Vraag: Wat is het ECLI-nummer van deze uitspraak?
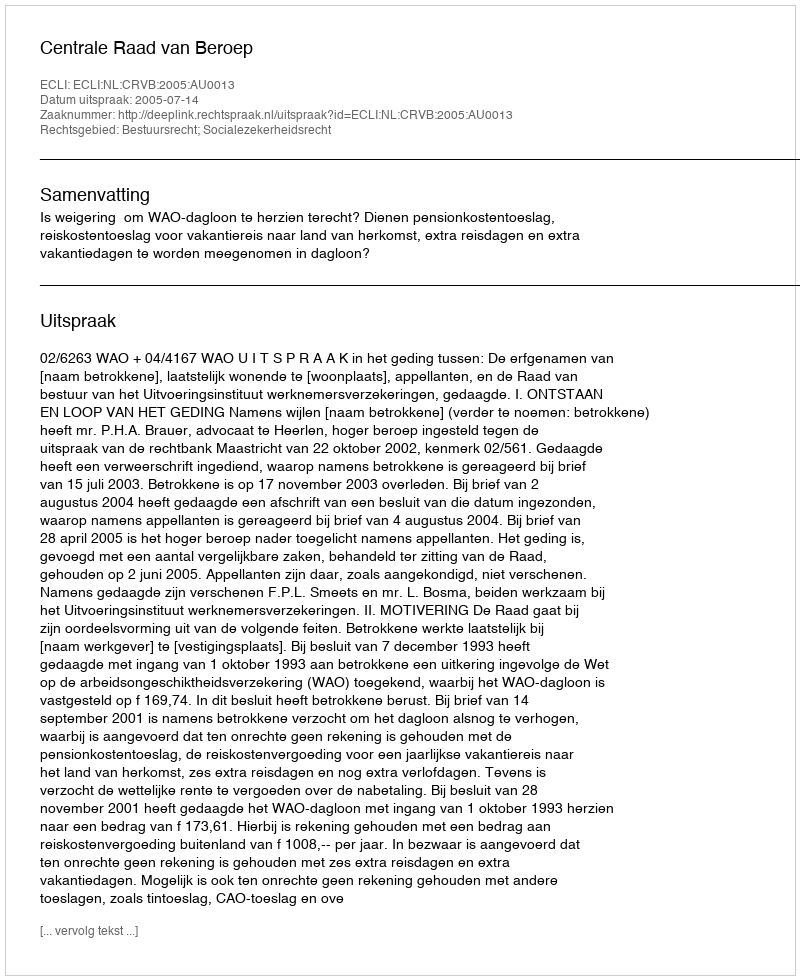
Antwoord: ECLI:NL:CRVB:2005:AU0013